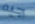
جيه